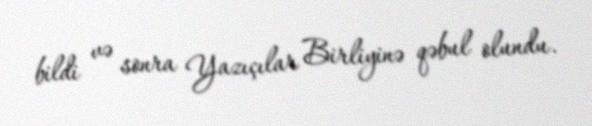
bildi və sonra Yazıçılar Birliyinə qəbul olundu.